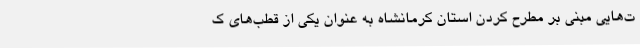
ت‌هایی مبنی بر مطرح کردن استان کرمانشاه به عنوان یکی از قطب‌های ک